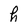
Character: h